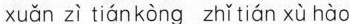
xuǎn zì tián kòng zhǐ tián xù hào